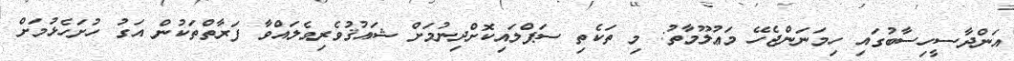
އަންދާސީހިސާބުގައި ހިމަނަންޖެހޭ މަޢުލޫމާތު: މި ތަކެތި ސަޕްލައިކޮށްދިނުމަށް ޝައުޤުވެރިވެލައްވާ ފަރާތްތަކުން އަގު ހުށަހެޅުމަށް